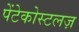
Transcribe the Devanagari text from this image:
पेंटेकोस्टलज़